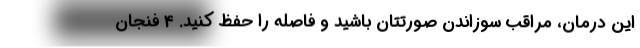
این درمان، مراقب سوزاندن صورتتان باشید و فاصله را حفظ کنید. 4 فنجان